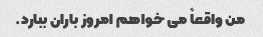
من واقعاً می خواهم امروز باران ببارد.